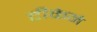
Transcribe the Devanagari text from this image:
टीकेने